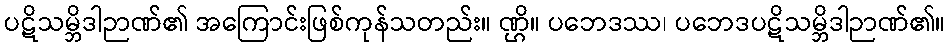
ပဋိသမ္ဘိဒါဉာဏ်၏ အကြောင်းဖြစ်ကုန်သတည်း။ ဏ္ဌိ။ ပဘေဒဿ၊ ပဘေဒပဋိသမ္ဘိဒါဉာဏ်၏။